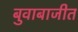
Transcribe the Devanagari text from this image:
बुवाबाजीत